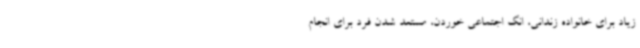
زیاد برای خانواده زندانی، انگ اجتماعی خوردن، مستعد شدن فرد برای انجام